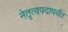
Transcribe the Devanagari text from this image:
नेतृत्वपदापर्यंत